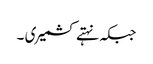
جبکہ نہتے کشمیری ۔